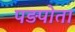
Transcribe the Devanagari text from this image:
पड़पोता